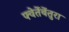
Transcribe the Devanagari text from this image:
फ्वेर्तेबेंतुरा